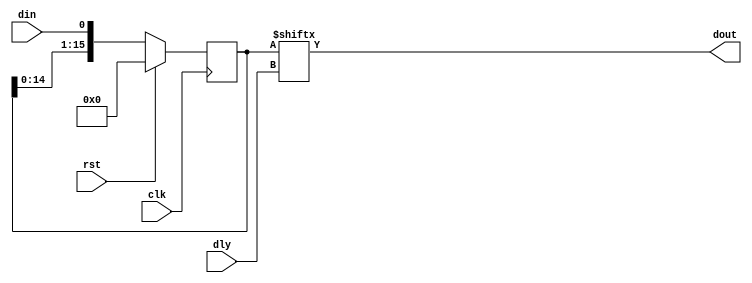
/*******************************************************************************
 * Module: dly01_16
 * Description: Synchronous delay by 1-16 clock cycles with reset (will map to primitive)
 *
 * Copyright (c) 2014 Elphel, Inc.
 * dly01_16.v is free software; you can redistribute it and/or modify
 * it under the terms of the GNU General Public License as published by
 * the Free Software Foundation, either version 3 of the License, or
 * (at your option) any later version.
 *
 *  dly01_16.v is distributed in the hope that it will be useful,
 * but WITHOUT ANY WARRANTY; without even the implied warranty of
 * MERCHANTABILITY or FITNESS FOR A PARTICULAR PURPOSE.  See the
 * GNU General Public License for more details.
 *
 * You should have received a copy of the GNU General Public License
 * along with this program.  If not, see <http://www.gnu.org/licenses/> .
 *
 * Additional permission under GNU GPL version 3 section 7:
 * If you modify this Program, or any covered work, by linking or combining it
 * with independent modules provided by the FPGA vendor only (this permission
 * does not extend to any 3-rd party modules, "soft cores" or macros) under
 * different license terms solely for the purpose of generating binary "bitstream"
 * files and/or simulating the code, the copyright holders of this Program give
 * you the right to distribute the covered work without those independent modules
 * as long as the source code for them is available from the FPGA vendor free of
 * charge, and there is no dependence on any encrypted modules for simulating of
 * the combined code. This permission applies to you if the distributed code
 * contains all the components and scripts required to completely simulate it
 * with at least one of the Free Software programs.
 *******************************************************************************/
`timescale 1ns/1ps

module  dly01_16(
    input       clk,
    input       rst,
    input [3:0] dly,
    input       din,
    output      dout
);
    reg [15:0] sr=0;
`ifdef SHREG_SEQUENTIAL_RESET
    always @ (posedge clk) begin
        sr <= {sr[14:0], din & ~rst}; 
    end
`else 
//    always @ (posedge rst or posedge clk) begin
    always @ (posedge clk) begin
       if (rst) sr <=0;
       else     sr <= {sr[14:0],din}; 
    end
`endif
`ifdef SIMULATION
    assign dout = (|sr) ? ((&sr) ? 1'b1 : sr[dly]) :  1'b0 ;
`else
    assign dout =sr[dly];
`endif        
endmodule